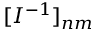
[ I ^ { - 1 } ] _ { n m }